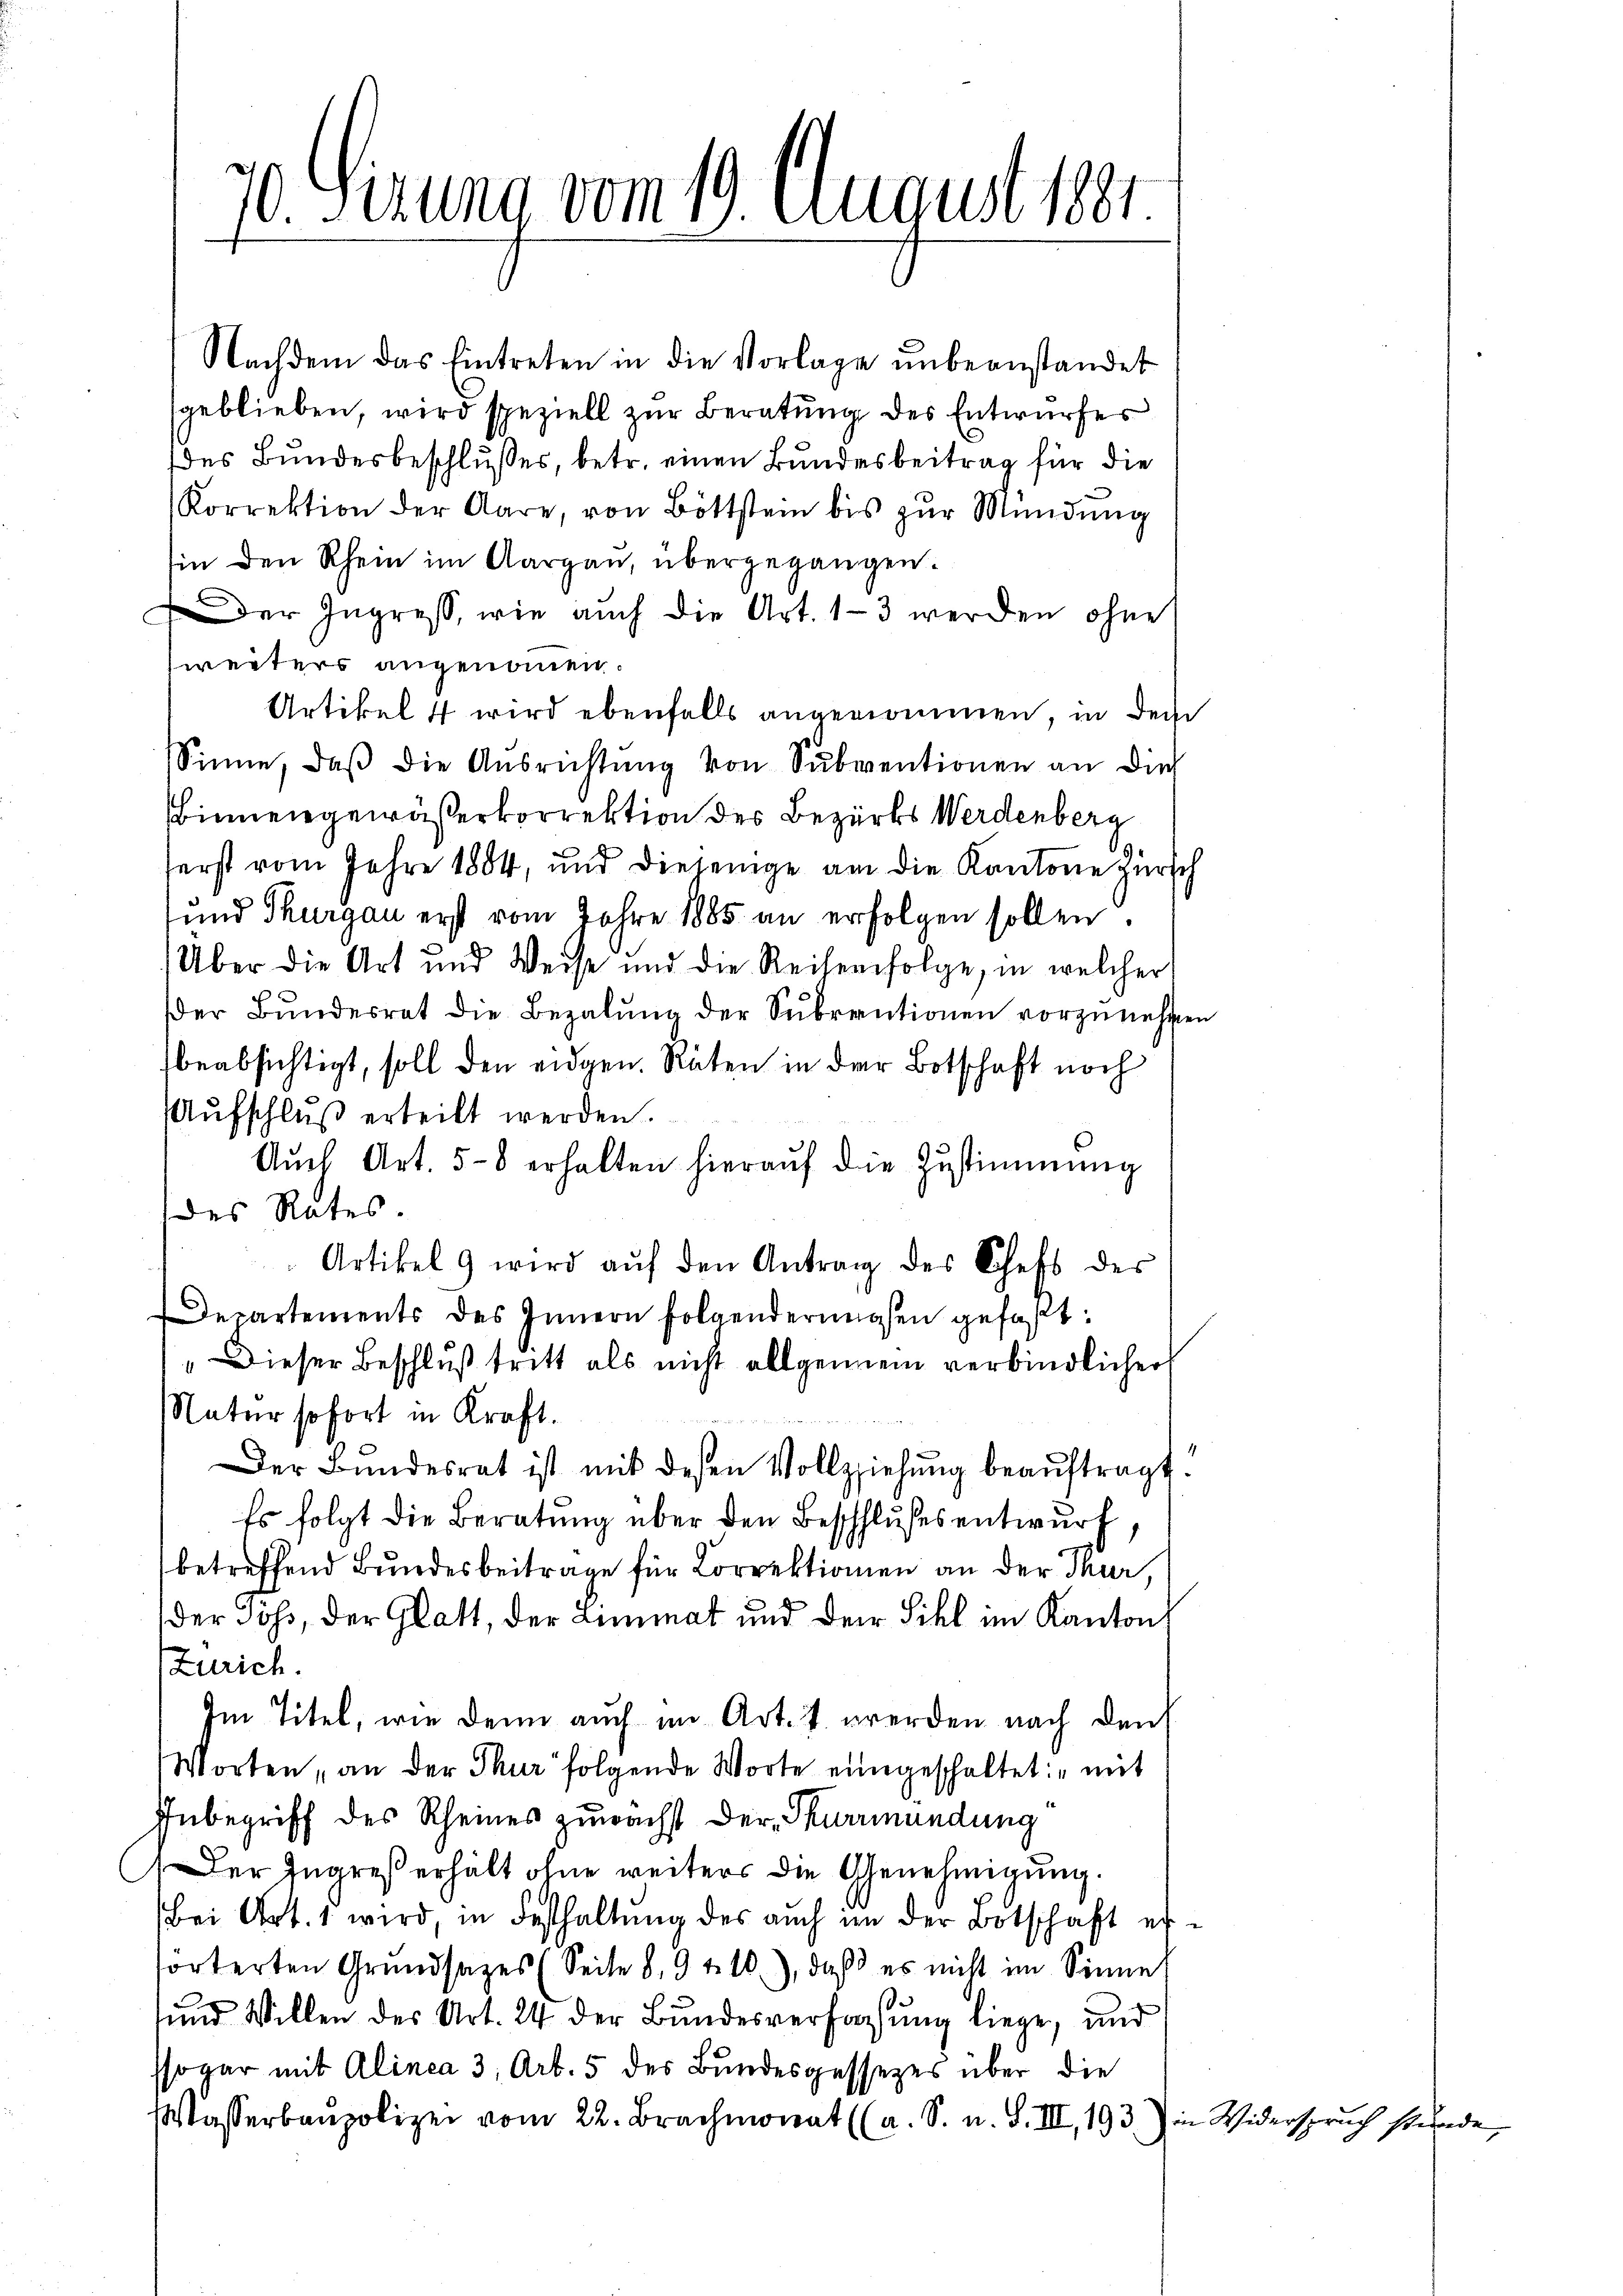
d. Sirung vom 19. August 1881

Nachdem das Eintreten in die Vorlage ŭnbeanstandet
geblieben, wird speziell zur Beratung des Entwurfes
des Bundesbeschlusses, betr. einen Bundesbeitrag für die
Korrektion der Aare, von Böttstein bis zŭr Mündŭng
sin den Rhein im Aargau, übergegangen.
Der Ingreß, wie auch die Art. 1–3 werden ohne
weiters angenommen.
Artikel 4 wird ebenfalls angenommen, in dem
Sinne, daβ die Aŭsrichtŭng von Subventionen an die
Binnengewässerkorrektion des Bezirks Werdenberg
serst vom Jahre 1884, und diejenige an die Kantone Zürich
und Thurgau erst vom Jahre 1885 an erfolgen sollen.
Über die Art und Weise und die Reiserfolge, in welcher
er Bŭndesrat die Bezalŭng der Sŭbrentionen vorzunehmen
beabsichtigt, soll den eidgen. Räten in der Botschaft noch
Aŭfschlŭβ erteilt werden.
Aŭch Art. 58 erhalten hieraŭf die Zustimmung
des Rates
Artikel 9 wird aŭf den Antrag des Schefs des
Departements des Innern folgendermaßen gefaβt:
„Dieser Beschluß tritt als nicht allgemein verbindlicher
Natur sofort in Kraft.
Der Bŭndesrat ist mit desen Vollziehŭng beaŭftragt.
Es folgt die Beratung über den Beschlußes entwurf,
betreffend Bundesbeitrage für Correktionen an der Thur,
der Sohs, der Glatt, der Limmat und der Sihl im Kanton
Zürich.
Im Titel, wie dann auch im Art. 1. werden nach den
Worten, an der Thur folgende Worte eingeschaltet: „mit
Inbegriff des Rheines zunächst der Kurmundung
(Der Ingreß erhält ohne weiters die Genehmigŭng.
Bei Art. 1 wird, in Festhaltŭng des auch im der Botschaft erforterten Grŭndsatzes (Seite 8, 9 & 10), daβ es nicht im Sinne
und Willen des Art. 24 der Bundesverfassung liege, und
ssogar mit Alinea 3, Art. 5 des Bundesgessezes über die
Wasserbaupolizei vom 22. Brachmonat (a. S. u. S. III, 193.) in Widerspruch stünde,